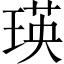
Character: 瑛